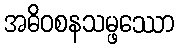
အဓိဝစနသမ္ဖဿော